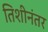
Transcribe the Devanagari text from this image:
तिशीनंतर